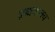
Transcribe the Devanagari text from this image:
ब्रह्मवाक्‍य